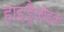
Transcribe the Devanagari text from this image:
हाइड्रैज़ोइक